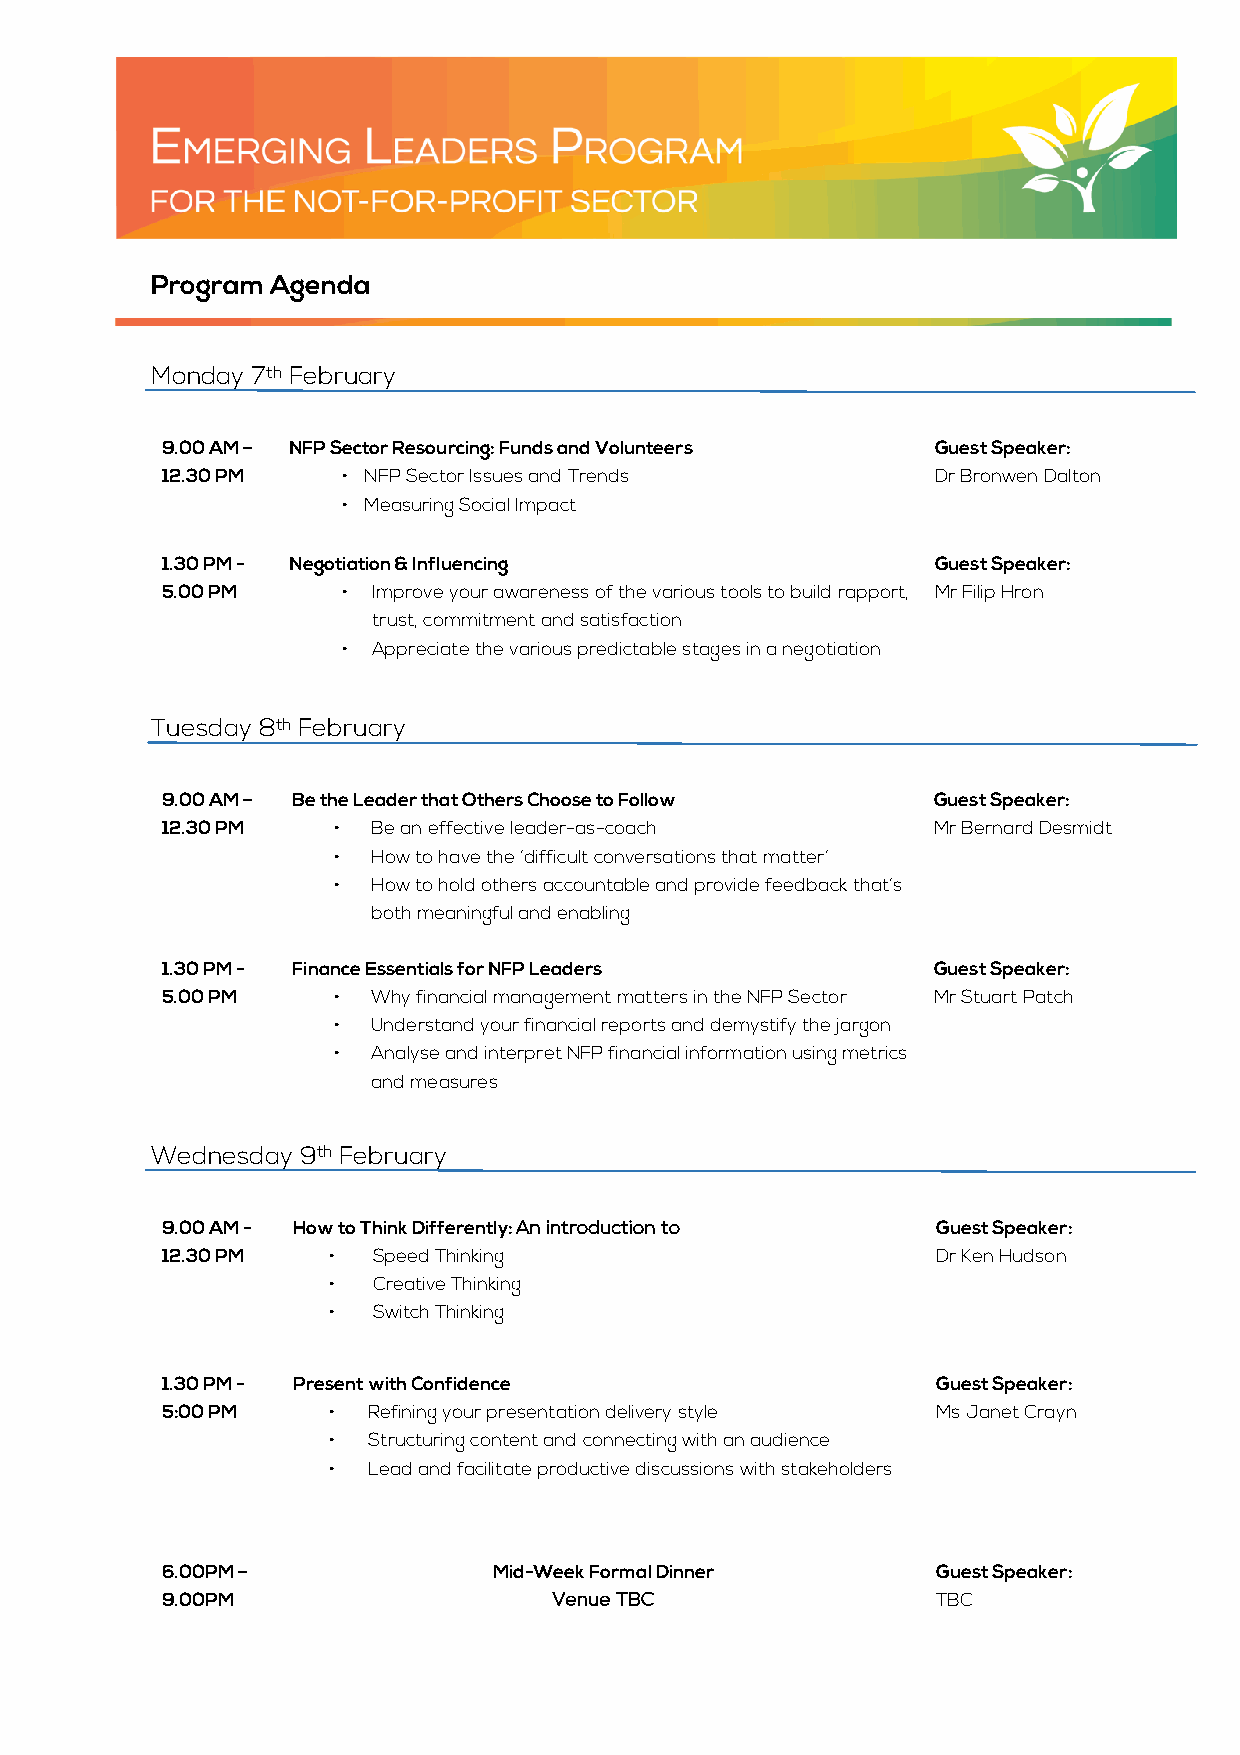
Program Agenda
 Monday 7th February
 9.00 AM – NFP Sector Resourcing: Funds and Volunteers Guest Speaker:
 12.30 PM    • NFP Sector Issues and Trends         Dr Bronwen Dalton
 • Measuring Social Impact
 1.30 PM - Negotiation & Influencing                Guest Speaker:
 5.00 PM     • Improve your awareness of the various tools to build rapport, Mr Filip Hron
 trust, commitment and satisfaction
 • Appreciate the various predictable stages in a negotiation
 Tuesday 8th February
 9.00 AM – Be the Leader that Others Choose to Follow Guest Speaker:
 12.30 PM   •  Be an effective leader-as-coach      Mr Bernard Desmidt
 •  How to have the ‘difficult conversations that matter’
 •  How to hold others accountable and provide feedback that’s
 both meaningful and enabling
 1.30 PM - Finance Essentials for NFP Leaders       Guest Speaker:
 5.00 PM    •  Why financial management matters in the NFP Sector Mr Stuart Patch
 •  Understand your financial reports and demystify the jargon
 •  Analyse and interpret NFP financial information using metrics
 and measures
 Wednesday 9th February
 9.00 AM - How to Think Differently: An introduction to Guest Speaker:
 12.30 PM   •  Speed Thinking                       Dr Ken Hudson
 •  Creative Thinking
 •  Switch Thinking
 1.30 PM - Present with Confidence                  Guest Speaker:
 5:00 PM    • Refining your presentation delivery style Ms Janet Crayn
 • Structuring content and connecting with an audience
 • Lead and facilitate productive discussions with stakeholders
 6.00PM –              Mid-Week Formal Dinner       Guest Speaker:
 9.00PM                    Venue TBC                TBC